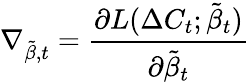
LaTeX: \nabla_{\tilde{\beta},t}=\frac{\partial L(\Delta C_{t};\tilde{\beta}_{t})}{\partial\tilde{\beta}_{t}}